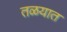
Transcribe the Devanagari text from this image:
तळयात